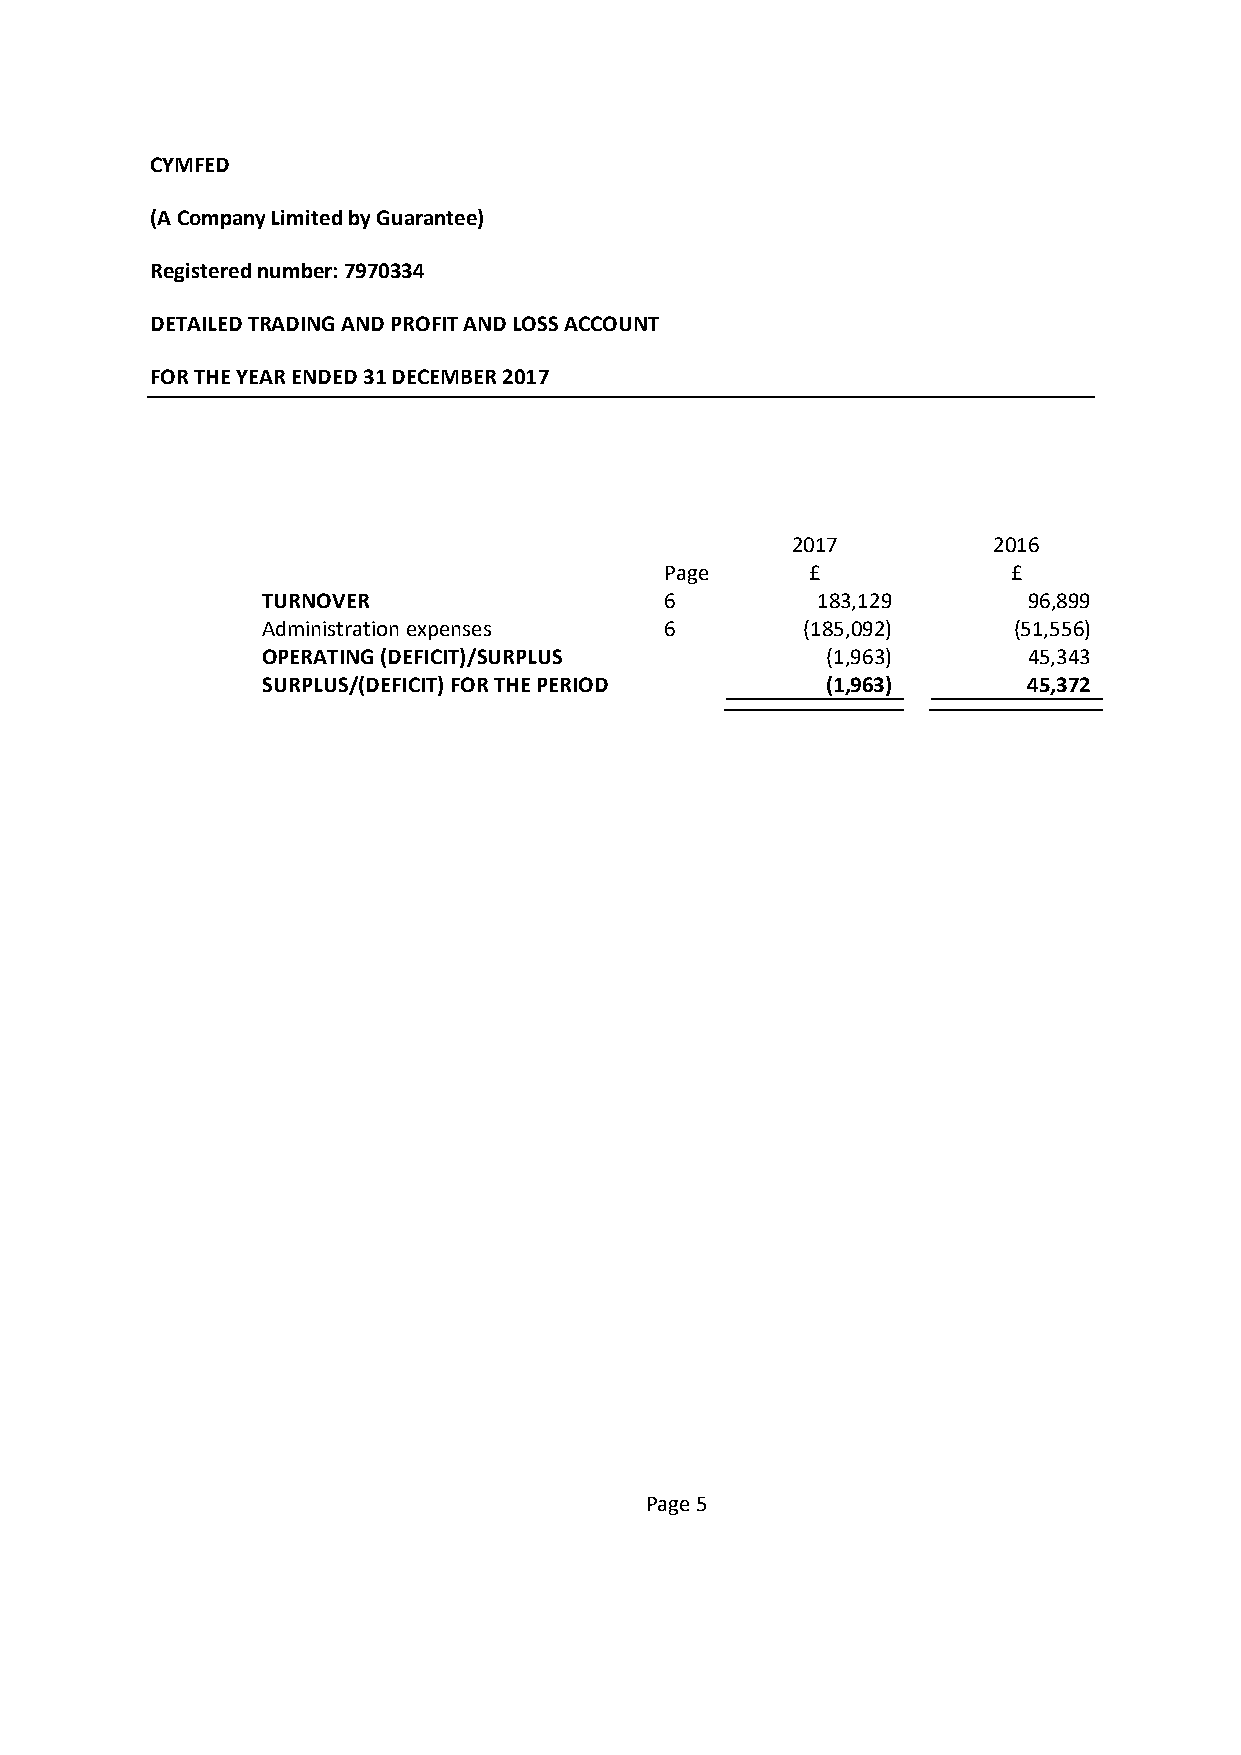
CYMFED
 (A Company Limited by Guarantee)
 Registered number: 7970334
 DETAILED TRADING AND PROFIT AND LOSS ACCOUNT
 FOR THE YEAR ENDED 31 DECEMBER 2017
 2017          2016
 Page      £            £
 TURNOVER                   6         183,129       96,899
 Administration expenses    6        (185,092)     (51,556)
 OPERATING (DEFICIT)/SURPLUS           (1,963)      45,343
 SURPLUS/(DEFICIT) FOR THE PERIOD      (1,963)      45,372
 Page 5